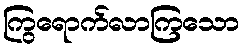
ကြွရောက်လာကြသော